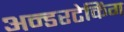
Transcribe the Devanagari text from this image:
अन्डरटेकिंग